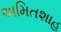
અમિતશાહ